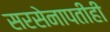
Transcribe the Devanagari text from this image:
सरसेनापतीही